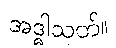
အဒ္ဓါသုတ်။